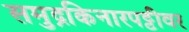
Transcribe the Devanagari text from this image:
समुद्रकिनारपट्टीवर